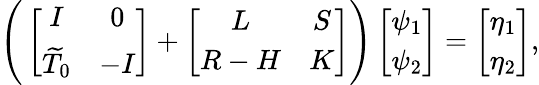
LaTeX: \begin{array}{r}{\Bigg(\left[\begin{array}{cc}{I}&{0}\\ {\widetilde{T}_{0}}&{-I}\end{array}\right]+\left[\begin{array}{cc}{L}&{S}\\ {R-H}&{K}\end{array}\right]\Bigg)\left[\begin{array}{c}{\psi_{1}}\\ {\psi_{2}}\end{array}\right]=\left[\begin{array}{c}{\eta_{1}}\\ {\eta_{2}}\end{array}\right],}\end{array}